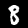
Label: 8